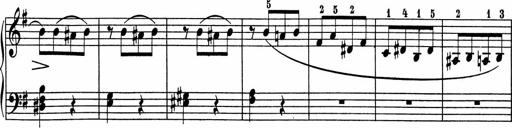
Title: 5 Sonatinen fÃ¼r die Jugend
Composer: Carl Reinecke